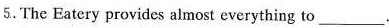
5.The Eatery provides almost everything to____.